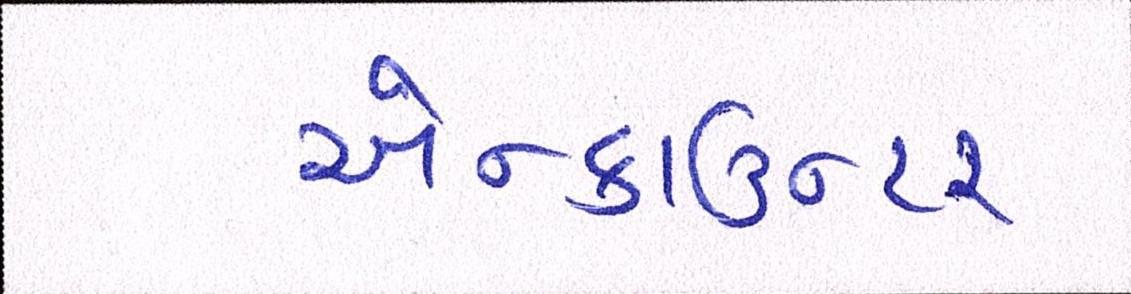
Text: એન્કાઉન્ટર